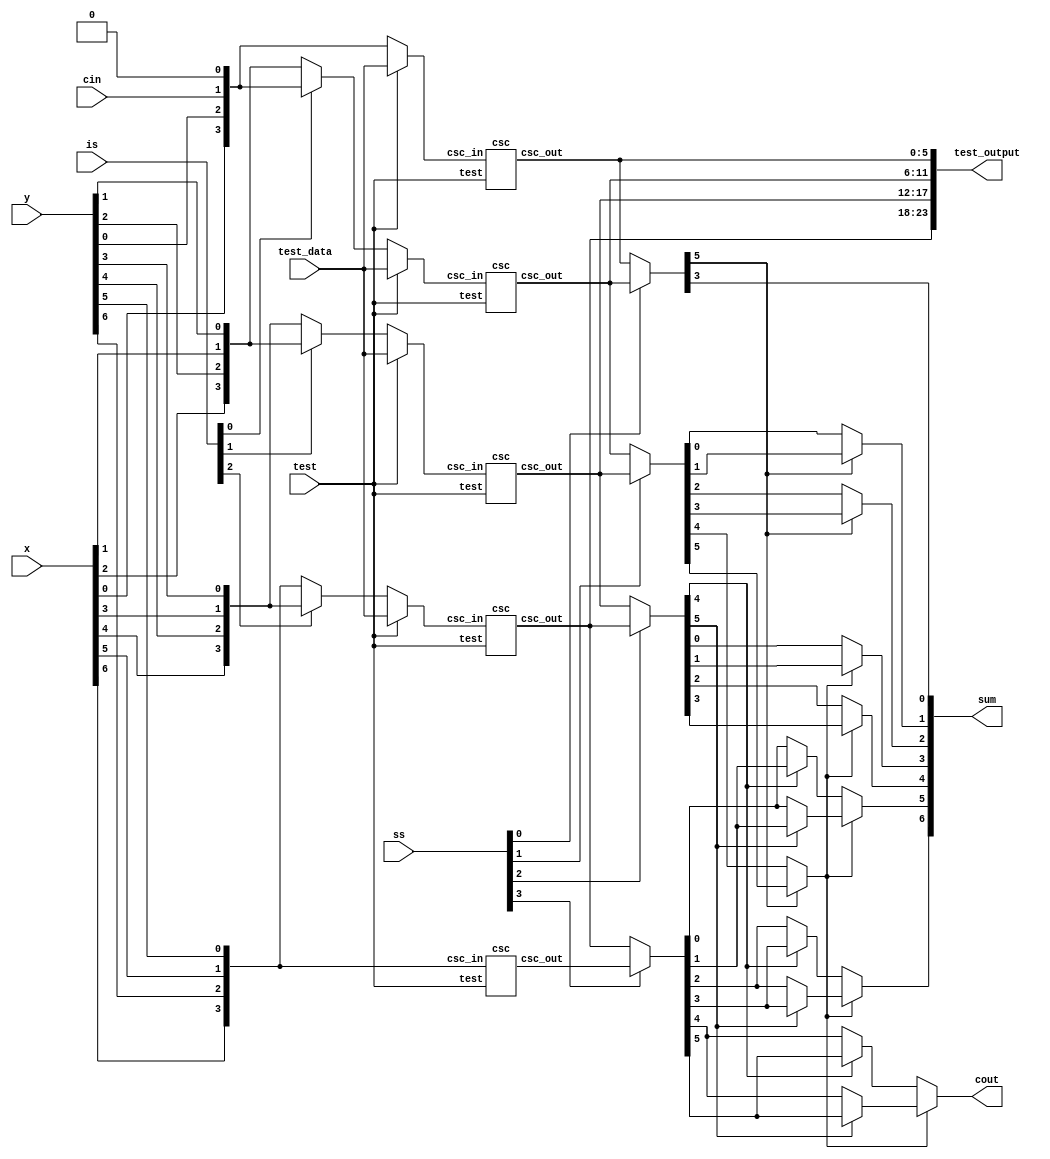
`timescale 1ns / 1ps

module csa_reconfig(is, ss, x, y, cin, test, test_data, sum, cout, test_output);
input [2:0]is;
input [3:0]ss;
input [6:0] x, y;
input cin, test;
input [3:0]test_data;
output [6:0]sum;
output cout;
output wire [23:0]test_output;
wire [3:0]actual_data[0:3];

wire [6:0]s1mux_s, s1mux_c;
wire [5:0]s2mux_s;
wire [2:0]s2mux_c;

wire [3:0] input_mux[0:2];
wire [3:0]test_mux[0:3];
wire [5:0]csc_out[0:4];
wire [5:0]output_mux[0:3];
wire s1_1, s1_0, s3_1, s3_0, s5_1, s5_0;

//Test output 
assign test_output = {csc_out[3], csc_out[2], csc_out[1], csc_out[0]};

//Actual Input
assign actual_data[0] = {x[0], y[0], cin, 1'b0},
    actual_data[1] = {x[2], y[2], x[1], y[1]},
    actual_data[2] = {x[4], y[4], x[3], y[3]},
    actual_data[3] = {x[6], y[6], x[5], y[5]};
//Input Selection
assign input_mux[0] = is[0]?actual_data[0] : actual_data[1],
    input_mux[1] = is[1]?actual_data[1] : actual_data[2],
    input_mux[2] = is[2]?actual_data[2] : actual_data[3];
//Test Input Selection
assign test_mux[0] = test? test_data : actual_data[0],
    test_mux[1] = test? test_data : input_mux[0],
    test_mux[2] = test? test_data : input_mux[1],
    test_mux[3] = test? test_data : input_mux[2];
    
//Adders
csc csc0(test, test_mux[0], csc_out[0]);
csc csc1(test, test_mux[1], csc_out[1]);
csc csc2(test, test_mux[2], csc_out[2]);
csc csc3(test, test_mux[3], csc_out[3]);
csc csc4(test, actual_data[3], csc_out[4]);

//Output Selection
assign output_mux[0] = ss[0]? csc_out[1] : csc_out[0],
    output_mux[1] = ss[1]? csc_out[2] : csc_out[1],
    output_mux[2] = ss[2]? csc_out[3] : csc_out[2],
    output_mux[3] = ss[3]? csc_out[4] : csc_out[3];

//First Stage Outputs
assign {s1mux_c[0], s1mux_s[0]} = {output_mux[0][5],output_mux[0][3]},
    {s1mux_c[2:1], s1mux_s[2:1], s1_1, s1_0 } = output_mux[1],
    {s1mux_c[4:3], s1mux_s[4:3], s3_1, s3_0 } = output_mux[2],
    {s1mux_c[6:5], s1mux_s[6:5], s5_1, s5_0 } = output_mux[3];
//Second Stage Outputs
assign s2mux_s[0] = s1mux_c[0]? s1_1 : s1_0,
    s2mux_s[1] = s1mux_c[0]? s1mux_s[2] : s1mux_s[1],
    s2mux_c[0] = s1mux_c[0]? s1mux_c[2] : s1mux_c[1],
    
    s2mux_s[2] = s1mux_c[3]? s5_1 : s5_0,
    s2mux_s[3] = s1mux_c[3]? s1mux_s[6] : s1mux_s[5],
    s2mux_c[1] = s1mux_c[3]? s1mux_c[6] : s1mux_c[5],
    
    s2mux_s[4] = s1mux_c[4]? s5_1 : s5_0,
    s2mux_s[5] = s1mux_c[4]? s1mux_s[6] : s1mux_s[5],
    s2mux_c[2] = s1mux_c[4]? s1mux_c[6] : s1mux_c[5],
//Third Stage Muxes and Output    
    sum[0] = s1mux_s[0],
    sum[1] = s2mux_s[0],
    sum[2] = s2mux_s[1],
    sum[3] = s2mux_c[0]? s3_1 : s3_0,
    sum[4] = s2mux_c[0]? s1mux_s[4] : s1mux_s[3],
    sum[5] = s2mux_c[0]? s2mux_s[4] : s2mux_s[2],
    sum[6] = s2mux_c[0]? s2mux_s[5] : s2mux_s[3],
    cout = s2mux_c[0]? s2mux_c[2] : s2mux_c[1];
    
endmodule

module cc(x, y, c1, c0, s1, s0);
input x, y;
output  c1, c0, s1, s0;
assign c1 = x | y,
    c0 = x & y,
    s1 = x ~^ y,
    s0 = x ^ y;
endmodule

module ccm(test, x, y, c1, c0, s1, s0);
input x, y, test;
output  c1, c0, s1, s0;
assign c1 = (x & y & test) ^ (x | y),
    c0 = (x & y) ^ (s1 & test),
    s1 = x ~^ y,
    s0 = x ^ y;
endmodule

module csc(test, csc_in, csc_out);
input test;
input [3:0]csc_in;
output [5:0] csc_out;

wire c1_1, c1_0, s1_1, s1_0, s0_1, s0_0;
wire c0_1, c0_0, tc1_1, tc1_0, ts1_1, ts1_0;
wire x1, y1, x0, y0;
assign {x1, y1, x0, y0} = csc_in;
ccm ccm0(test, x0, y0, c0_1, c0_0, s0_1, s0_0);
ccm ccm1(test, x1, y1, tc1_1, tc1_0, ts1_1, ts1_0);

assign {c1_1, s1_1} = c0_1? {tc1_1, ts1_1} : {tc1_0, ts1_0};
assign {c1_0, s1_0} = c0_0? {tc1_1, ts1_1} : {tc1_0, ts1_0};
assign csc_out = {c1_1, c1_0, s1_1, s1_0, s0_1, s0_0};
endmodule